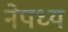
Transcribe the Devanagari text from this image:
नेपध्य